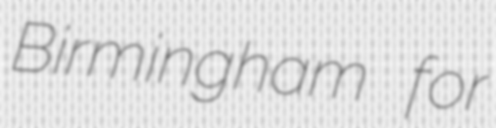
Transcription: Birmingham for